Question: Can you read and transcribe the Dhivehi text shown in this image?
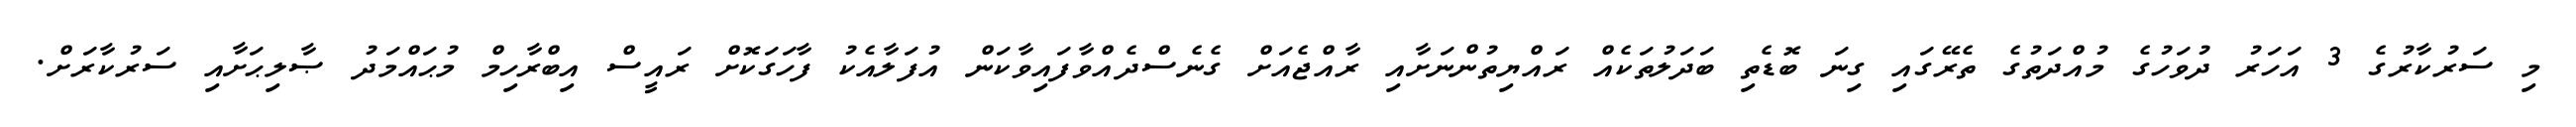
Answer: މި ސަރުކާރުގެ 3 އަހަރު ދުވަހުގެ މުއްދަތުގެ ތެރޭގައި ގިނަ ބޮޑެތި ބަދަލުތަކެއް ރައްޔިތުންނަށާއި ރާއްޖެއަށް ގެނެސްދެއްވާފައިވާކަން އުފަލާއެކު ފާހަގަކޮށް ރައީސް އިބްރާހިމް މުޙައްމަދު ޞާލިޙަށާއި ސަރުކާރަށް.